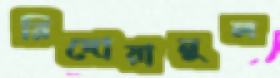
রিদোয়ানুল